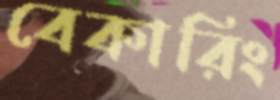
বেকারিং